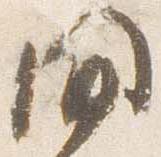
間